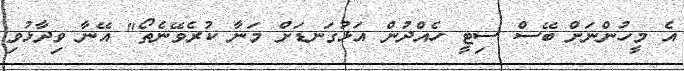
އެ މީހުންނަށް ބޭސް ސިޓީ ހެއްދުން އަޅުގަނޑަށް މަނާ ކުރެވޭނެތޯ" އޭނާ ވިދާޅުވި